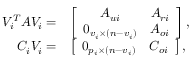
\begin{array} { r l } { V _ { i } ^ { T } A V _ { i } = } & { \left[ \begin{array} { c c } { A _ { u i } } & { A _ { r i } } \\ { 0 _ { v _ { i } \times ( n - v _ { i } ) } } & { A _ { o i } } \end{array} \right] , } \\ { C _ { i } V _ { i } = } & { \left[ \begin{array} { c c } { 0 _ { p _ { i } \times ( n - v _ { i } ) } } & { C _ { o i } } \end{array} \right] , } \end{array}